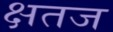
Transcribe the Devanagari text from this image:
क्षतज